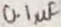
Text: 0.1µF